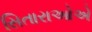
સિતારાઓએ